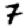
Digit: 7